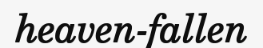
heaven-fallen